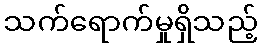
သက်ရောက်မှုရှိသည့်